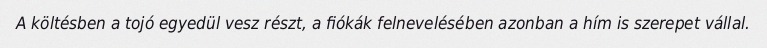
A költésben a tojó egyedül vesz részt, a fiókák felnevelésében azonban a hím is szerepet vállal.